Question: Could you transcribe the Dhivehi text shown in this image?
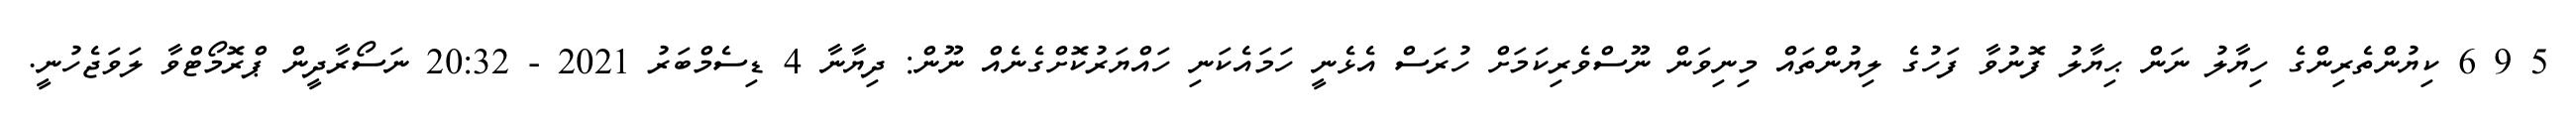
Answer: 5 9 6 ކިޔުންތެރިންގެ ހިޔާލު ނަން ޙިޔާލު ފޮނުވާ ފަހުގެ ލިޔުންތައް މިނިވަން ނޫސްވެރިކަމަށް ހުރަސް އެޅެނީ ހަމައެކަނި ހައްޔަރުކޮށްގެނެއް ނޫން: ދިޔާނާ 4 ޑިސެމްބަރު 2021 - 20:32 ނަސޯރާދީން ޕްރޮމޯޓްވާ ލަވަޖެހުނީ.